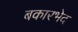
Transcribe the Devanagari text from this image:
बकारभेद